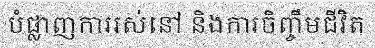
បំផ្លាញការរស់នៅ និងការចិញ្ចឹមជីវិត